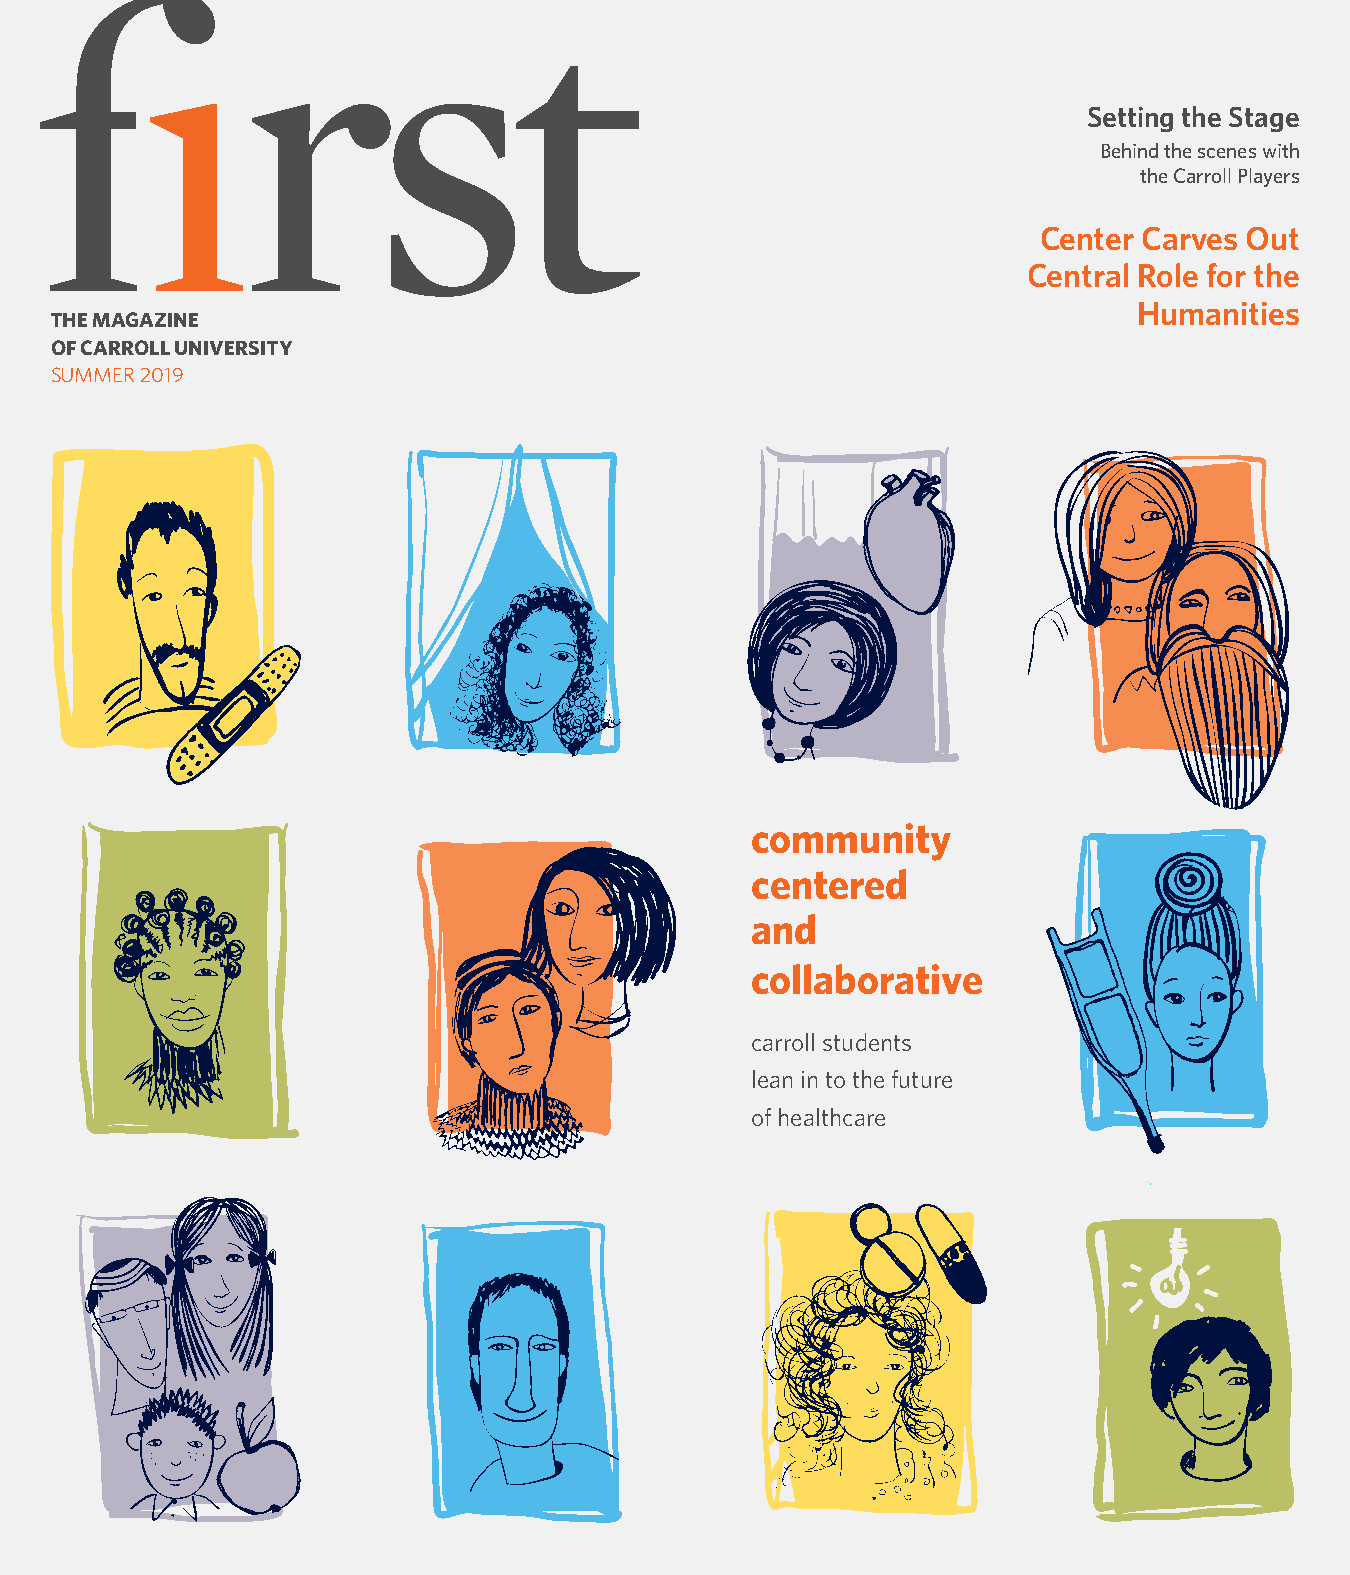
Setting the Stage
 Behind the scenes with
 the Carroll Players
 Center Carves Out
 Central Role for the
 Humanities
 THE MAGAZINE
 OF CARROLL UNIVERSITY
 SUMMER 2019
 community
 centered
 and
 collaborative
 carroll students
 lean in to the future
 of healthcare